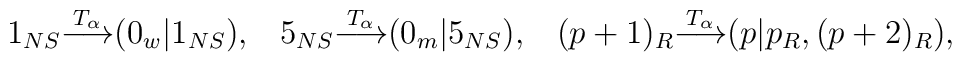
1_{NS}{\buildrel T_{\alpha}\over\longrightarrow}(0_w|1_{NS}),\ \ \,  5_{NS}{\buildrel T_{\alpha}\over\longrightarrow}(0_m|5_{NS}),\ \ \,   (p+1)_R{\buildrel T_{\alpha}\over\longrightarrow}(p|p_R,(p+2)_R),